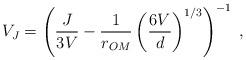
LaTeX: \begin{align*}V_J = \left(\frac{J}{3V}-\frac{1}{r_{OM}} \left(\frac{6V}{d}\right)^{1/3} \right)^{-1} \; , \end{align*}